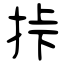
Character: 挊